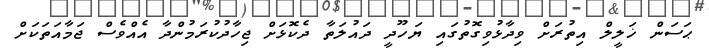
ޙަސަން ޚަލީލް އިތުރަށް ވިދާޅުވިގޮތުގައި ޔަހޫދީ ދައުލަތާ ދެކޮޅަށް ޖިހާދުކުރަމުންދާ އެއްވެސް ޖަމާއަތަކަށް